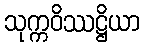
သုက္ကဝိဿဋ္ဌိယာ